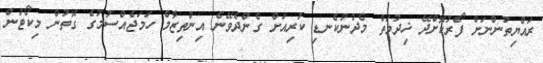
ރައްޔިތުންނަށް ފޯރުކޮށްދޭ ޚިދުމަތް މެދުނުކެނޑި ކުރިއަށް ގެންދެވޭނެ އިންތިޒާމް ހަމަޖެއްސުމުގެ ގޮތުން މިކޯޓުން